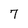
Character: 7